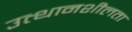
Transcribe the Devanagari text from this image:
उत्थानशीलता